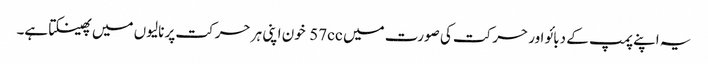
یہ اپنے پمپ کے دبائو اور حرکت کی صورت میں 57cc خون اپنی ہر حرکت پر نالیوں میں پھینکتا ہے۔